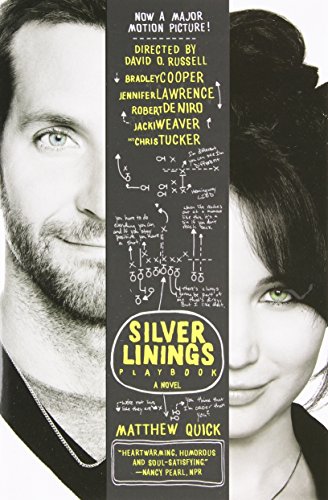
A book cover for The Silver Linings Playbook: A Novel; Matthew Quick; Literature & Fiction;